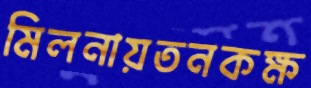
মিলনায়তনকক্ষ